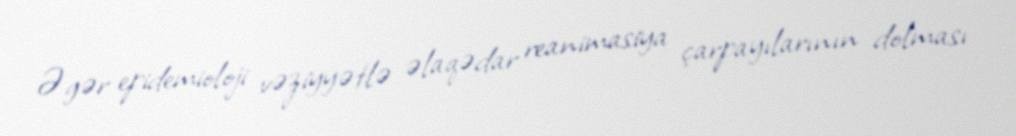
Əgər epidemioloji vəziyyətlə əlaqədar reanimasiya çarpayılarının dolması